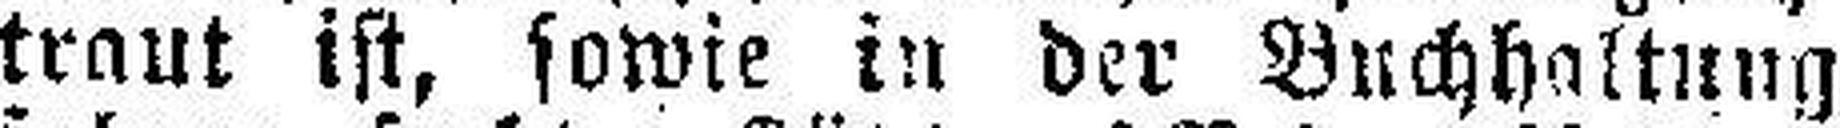
traut ist, sowie in der Buchhaltung er¬